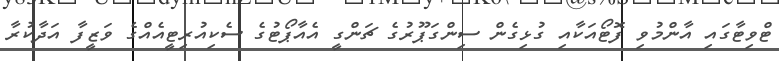
ޓްވިޓާގައި އާންމުވި ފޮޓޯއަކާއި ގުޅިގެން ސިންގަޕޫރުގެ ޗަންގީ އެއާޕޯޓުގެ ސެކިއުރިޓީއެއްގެ ވަޒީފާ އަދާކުރާ